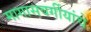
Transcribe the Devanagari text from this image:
मागासवर्गीयांचे